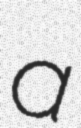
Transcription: a